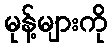
မုန့်များကို